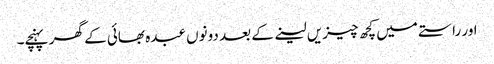
اور راستے میں کچھ چیزیں لینے کے بعد دونوں عبدہ بھائی کے گھر پہنچے۔